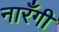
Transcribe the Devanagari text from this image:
नारँगी